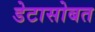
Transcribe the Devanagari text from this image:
डेटासोबत